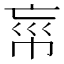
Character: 𢂪